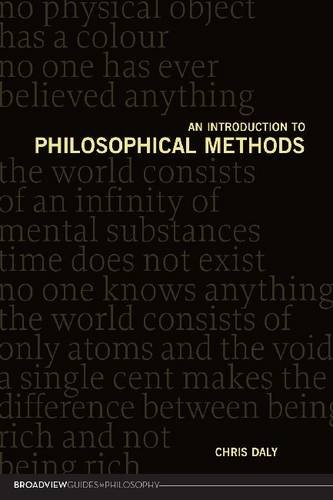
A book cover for An Introduction to Philosophical Methods; Christopher Daly; Politics & Social Sciences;